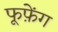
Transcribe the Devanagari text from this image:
फूफ़ेंग